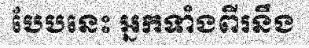
បែបនេះ អ្នកទាំងពីរនឹង